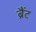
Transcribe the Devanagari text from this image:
ब्रैंट